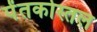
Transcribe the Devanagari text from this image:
पेंतकोस्तल